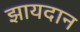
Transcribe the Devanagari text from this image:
झायदान